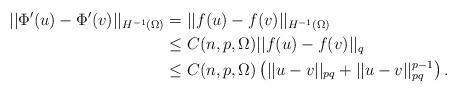
LaTeX: \begin{align*}||\Phi'(u)-\Phi'(v)||_{H^{-1}(\Omega)}&=||f(u)-f(v)||_{H^{-1}(\Omega)}\\&\leq C(n,p,\Omega)||f(u)-f(v)||_q\\&\leq C(n,p,\Omega)\left(||u-v||_{pq}+||u-v||_{pq}^{p-1}\right).\end{align*}